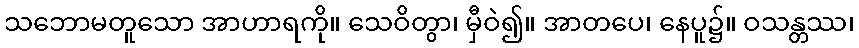
သဘောမတူသော အာဟာရကို။ သေဝိတွာ၊ မှီဝဲ၍။ အာတပေ၊ နေပူ၌။ ဝသန္တဿ၊